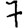
Digit: 7